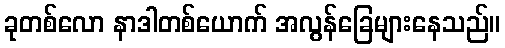
ခုတစ်လော နာဒါတစ်ယောက် အလွန်ခြေများနေသည်။